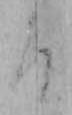
ろ